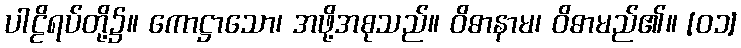
ပါဠိရပ်တို့၌။ ကောဋ္ဌာသော၊ အဖို့အစုသည်။ ဝိဓာနာမ၊ ဝိဓာမည်၏။ [၀၁]